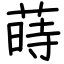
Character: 蒔